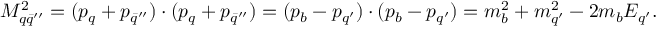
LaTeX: M _ { q \bar { q } ^ { \prime \prime } } ^ { 2 } = ( p _ { q } + p _ { \bar { q } ^ { \prime \prime } } ) \cdot ( p _ { q } + p _ { \bar { q } ^ { \prime \prime } } ) = ( p _ { b } - p _ { q ^ { \prime } } ) \cdot ( p _ { b } - p _ { q ^ { \prime } } ) = m _ { b } ^ { 2 } + m _ { q ^ { \prime } } ^ { 2 } - 2 m _ { b } E _ { q ^ { \prime } } .